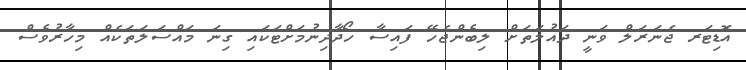
އޮޑިޓަރ ޖެނަރަލް ވަނީ ދައުލަތަށް ލިބެންޖެހޭ ފައިސާ ހޯދާދިނުމަށްޓަކައި ގިނަ މައްސަލަތަކެއް މިހާރުވެސް